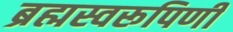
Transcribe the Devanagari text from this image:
ब्रह्मस्वरूपिणी